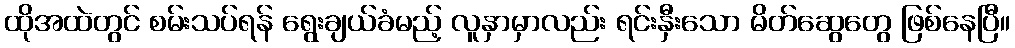
ထိုအထဲတွင် စမ်းသပ်ရန် ရွေးချယ်ခံမည့် လူနှာမှာလည်း ရင်းနှီးသော မိတ်ဆွေတွေ ဖြစ်နေပြီ။